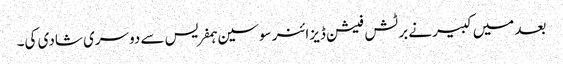
بعد میں کبیرنے برٹش فیشن ڈیزائنر سوسین ہمفریس سے دوسری شادی کی۔